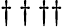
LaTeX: \dagger\dagger\dagger\dagger